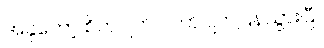
အခုတော့ စိတ်ပျက် လက်ပျက်ပြန်သွားပြီ။